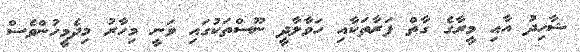
ޝާހިދު އާއި މީރާގެ ގާތް ފަރާތަކާއި ހަވާލާދީ ނޫސްތަކުގައި ވަނީ މިހާރު މިދެމީހުންވެސް